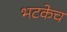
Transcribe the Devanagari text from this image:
भटकेच